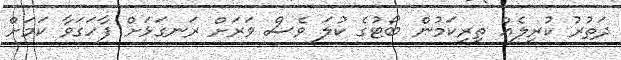
ދަތުރު ކުރިލެއް ތިރިކަމުން ބޯޓުގެ ކުލަ ވެސް ވަރަށް ރަނގަޅަށް ފާހަގަވާ ކަމަށް